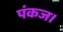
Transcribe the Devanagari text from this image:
पंकज।